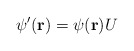
\begin{align*}\psi'({\bf r}) = \psi({\bf r}) U\end{align*}